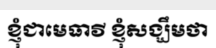
ខ្ញុំជាមេធាវី ខ្ញុំសង្ឃឹមថា